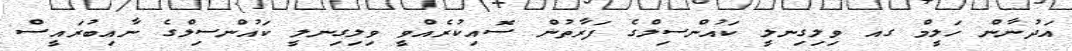
އަދުނާން ހަލީމް ގއ ވިލިގިނލީ ކައުންސިލްގެ ފަރާތުން ސޮއިކުރެއްވީ ވިލިގިނލީ ކައުންސިލްގެ ނާއިބުރައީސް